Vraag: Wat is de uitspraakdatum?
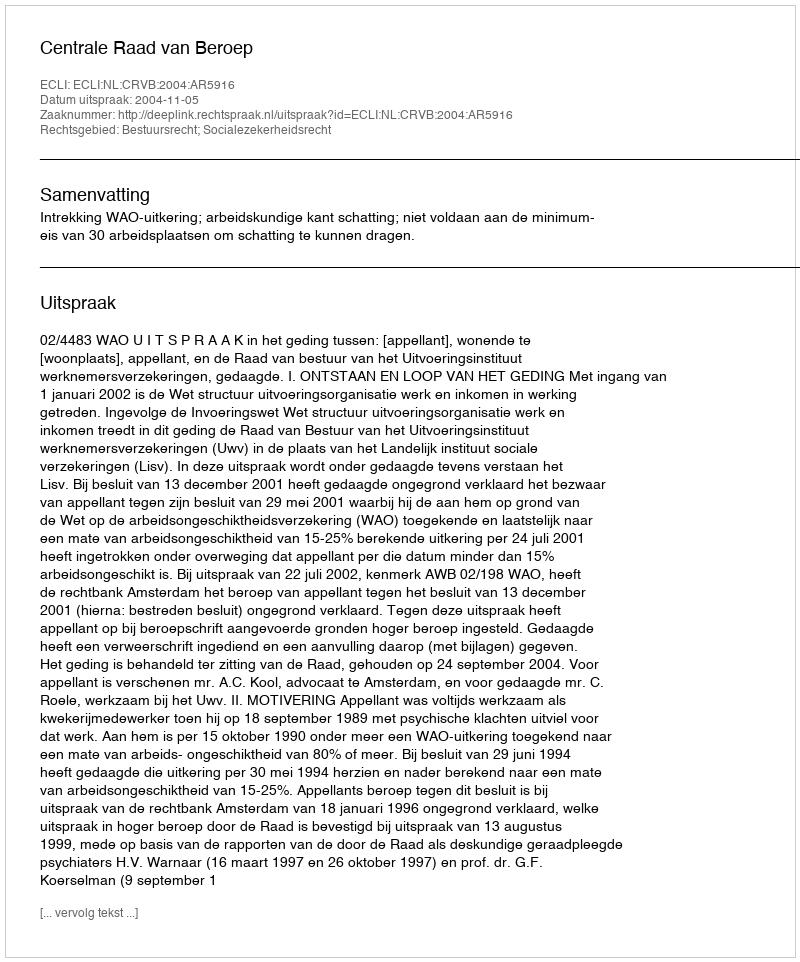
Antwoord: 2004-11-05